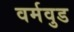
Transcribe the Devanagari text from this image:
वर्मवुड